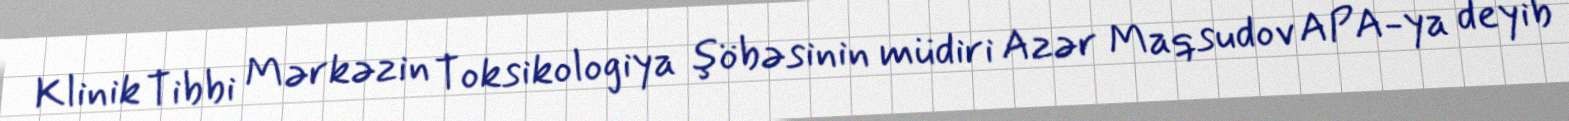
Klinik Tibbi Mərkəzin Toksikologiya şöbəsinin müdiri Azər Maqsudov APA-ya deyib